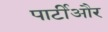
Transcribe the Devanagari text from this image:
पार्टीऔर